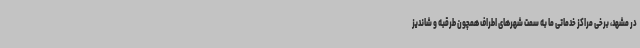
در مشهد، برخی مراکز خدماتی ما به سمت شهرهای اطراف همچون طرقبه و شاندیز